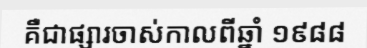
គឺជាផ្សារចាស់កាលពីឆ្នាំ ១៩៨៨